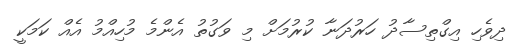
ދިވެހި އިގްތިސާދު ހަރުދަނާ ކުރުމަށް މި ވަގުތު އެންމެ މުހިއްމު އެއް ކަމަކީ